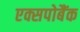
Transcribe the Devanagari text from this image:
एक्सपोबैंक